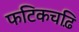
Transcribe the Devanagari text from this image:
फटिकचढ़ि